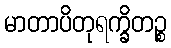
မာတာပိတုရက္ခိတဉ္စ